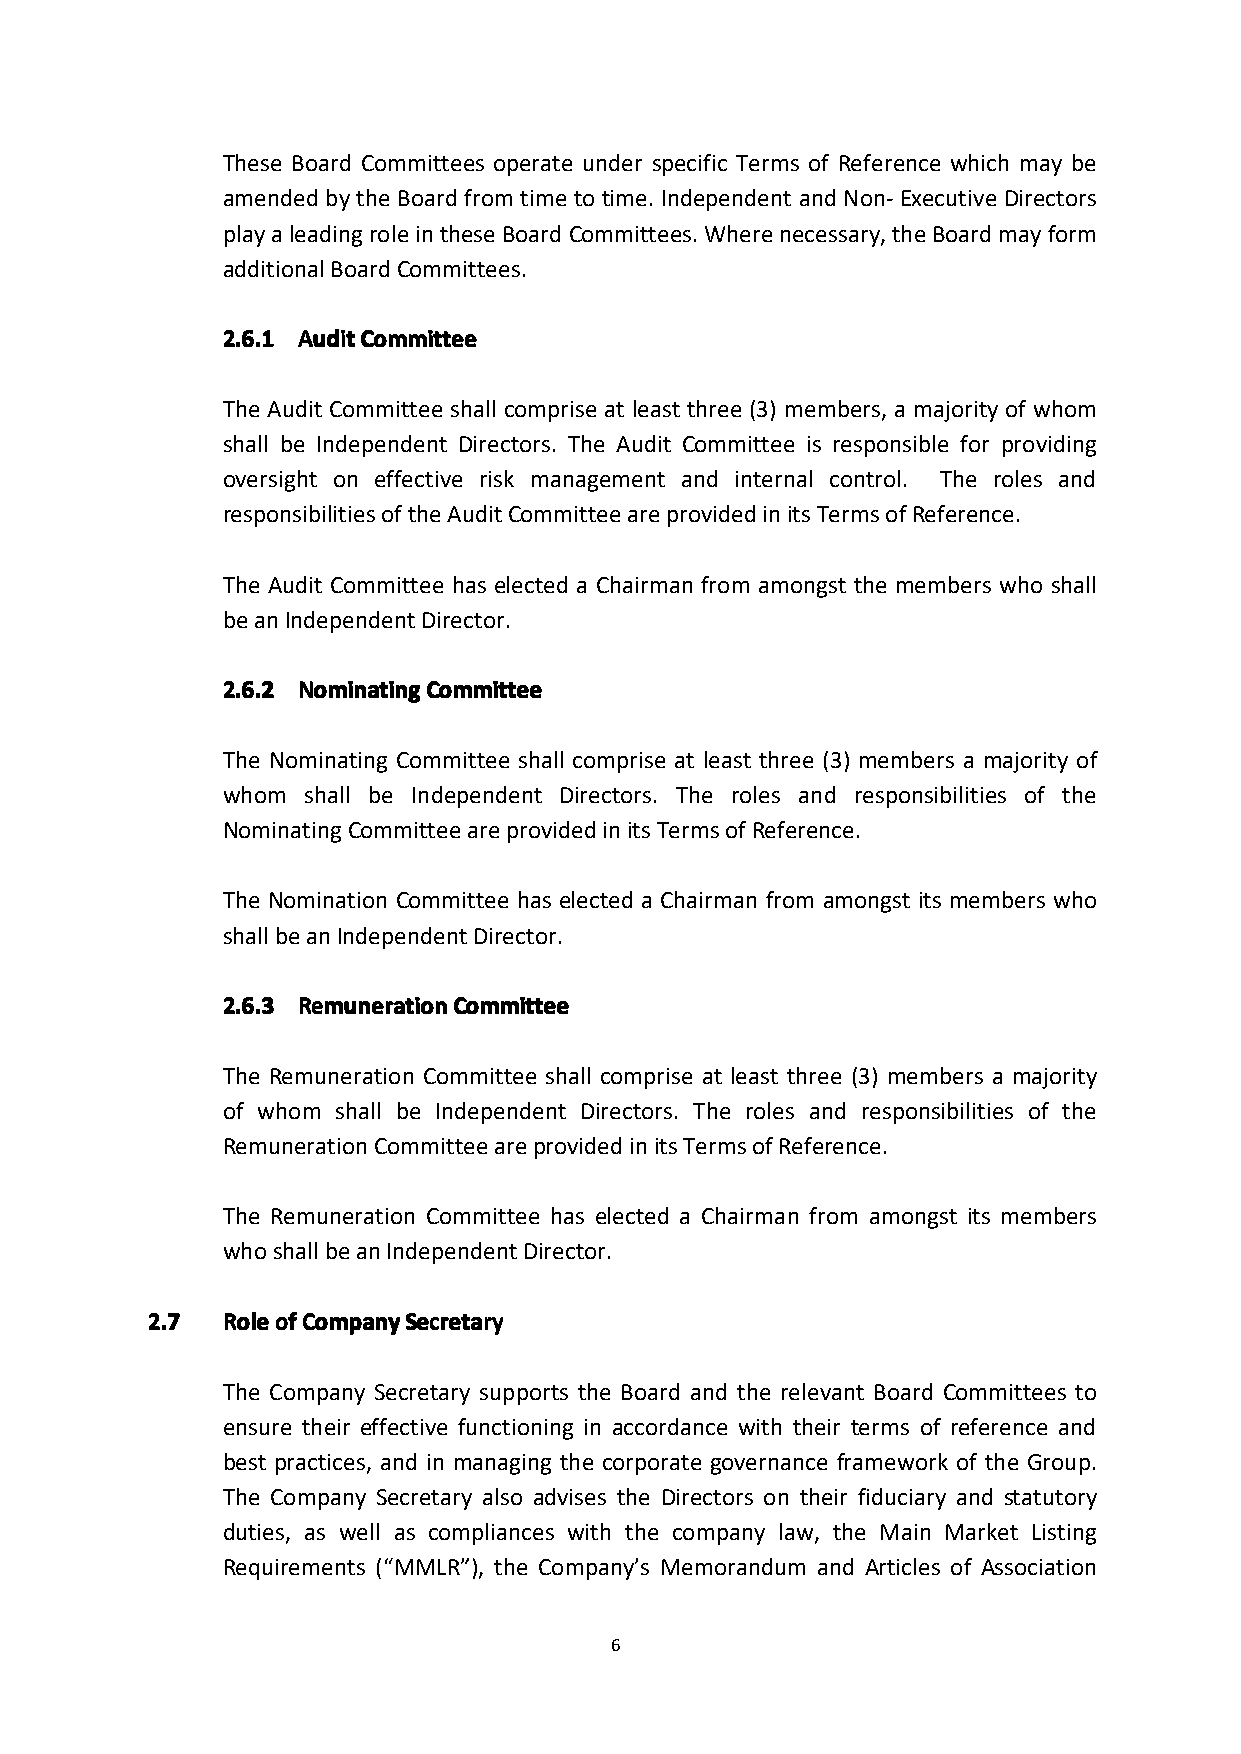
These Board Committees operate under specific Terms of Reference which may be
 amended by the Board from time to time. Independent and Non- Executive Directors
 playaleadingroleintheseBoardCommittees.Wherenecessary,theBoardmayform
 additionalBoardCommittees.
 2222....6666....1111 AAAAuuuuddddiiiittttCCCCoooommmmmmmmiiiitttttttteeeeeeee
 The Audit Committee shall comprise at least three (3) members, a majority of whom
 shall be Independent Directors. The Audit Committee is responsible for providing
 oversight on effective risk management and internal control. The roles and
 responsibilitiesoftheAuditCommitteeareprovidedinitsTermsofReference.
 The Audit Committee has elected a Chairman from amongst the members who shall
 beanIndependentDirector.
 2222....6666....2222 NNNNoooommmmiiiinnnnaaaattttiiiinnnnggggCCCCoooommmmmmmmiiiitttttttteeeeeeee
 The Nominating Committee shall comprise at least three (3) members a majority of
 whom shall be Independent Directors. The roles and responsibilities of the
 NominatingCommitteeareprovidedinitsTermsofReference.
 The Nomination Committee has elected a Chairman from amongst its members who
 shallbeanIndependentDirector.
 2222....6666....3333 RRRReeeemmmmuuuunnnneeeerrrraaaattttiiiioooonnnnCCCCoooommmmmmmmiiiitttttttteeeeeeee
 The Remuneration Committee shall comprise at least three (3) members a majority
 of whom shall be Independent Directors. The roles and responsibilities of the
 RemunerationCommitteeareprovidedinitsTermsofReference.
 The Remuneration Committee has elected a Chairman from amongst its members
 whoshallbeanIndependentDirector.
 2222....7777 RRRRoooolllleeeeooooffffCCCCoooommmmppppaaaannnnyyyySSSSeeeeccccrrrreeeettttaaaarrrryyyy
 The Company Secretary supports the Board and the relevant Board Committees to
 ensure their effective functioning in accordance with their terms of reference and
 best practices, and in managing the corporate governance framework of the Group.
 The Company Secretary also advises the Directors on their fiduciary and statutory
 duties, as well as compliances with the company law, the Main Market Listing
 Requirements (“MMLR”), the Company’s Memorandum and Articles of Association
 6